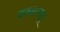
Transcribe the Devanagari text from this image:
वरुसनाडू